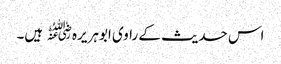
اس حدیث کے راوی ابوہریرہ﷜ ہیں۔